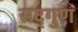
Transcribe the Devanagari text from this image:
सद्‌गुण